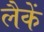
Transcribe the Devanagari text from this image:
लैकें